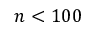
n < 1 0 0